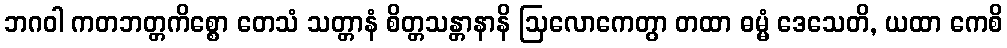
ဘဂဝါ ကတဘတ္တကိစ္စော တေသံ သတ္တာနံ စိတ္တသန္တာနာနိ ဩလောကေတွာ တထာ ဓမ္မံ ဒေသေတိ, ယထာ ကေစိ